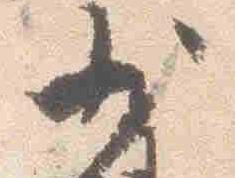
少